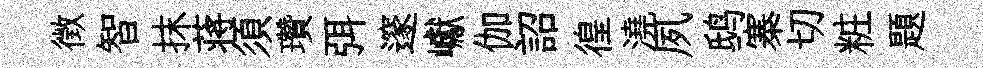
徴智抹蒋須瓚弭邃巘伽詔徨澆夙鸱寨切粧題